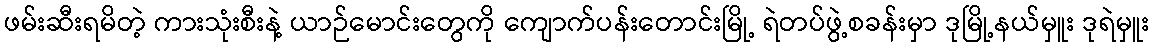
ဖမ်းဆီးရမိတဲ့ ကားသုံးစီးနဲ့ ယာဉ်မောင်းတွေကို ကျောက်ပန်းတောင်းမြို့ ရဲတပ်ဖွဲ့စခန်းမှာ ဒုမြို့နယ်မှူး ဒုရဲမှူး